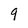
Character: 9